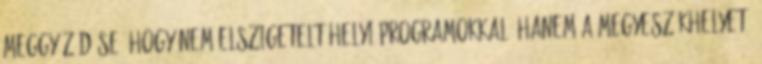
meggyôzôdése, hogy nem elszigetelt helyi programokkal, hanem a megyeszékhelyet,